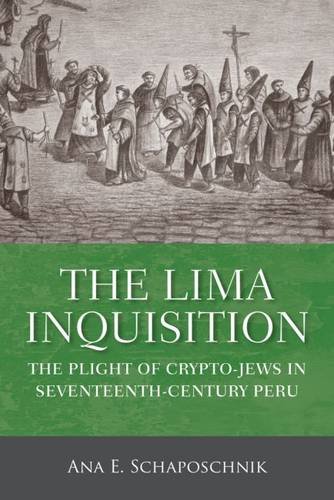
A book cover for The Lima Inquisition: The Plight of Crypto-Jews in Seventeenth-Century Peru (Critical Human Rights); Ana E. Schaposchnik; Religion & Spirituality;